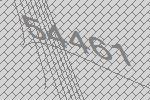
54461